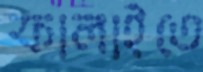
ফালাইতে